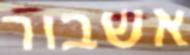
אשבור